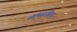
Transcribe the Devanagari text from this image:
जन्मरहित